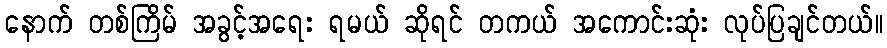
နောက် တစ်ကြိမ် အခွင့်အရေး ရမယ် ဆိုရင် တကယ် အကောင်းဆုံး လုပ်ပြချင်တယ်။